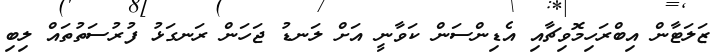
ޒަލަޓާން އިބްރަހިމޮވިޗާއި އެޑިންސަން ކަވާނީ އަށް ލަނޑު ޖަހަން ރަނގަޅު ފުރުސަތުތައް ލިބި